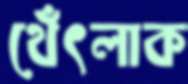
থেঁৎলাক